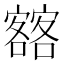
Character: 𡫥